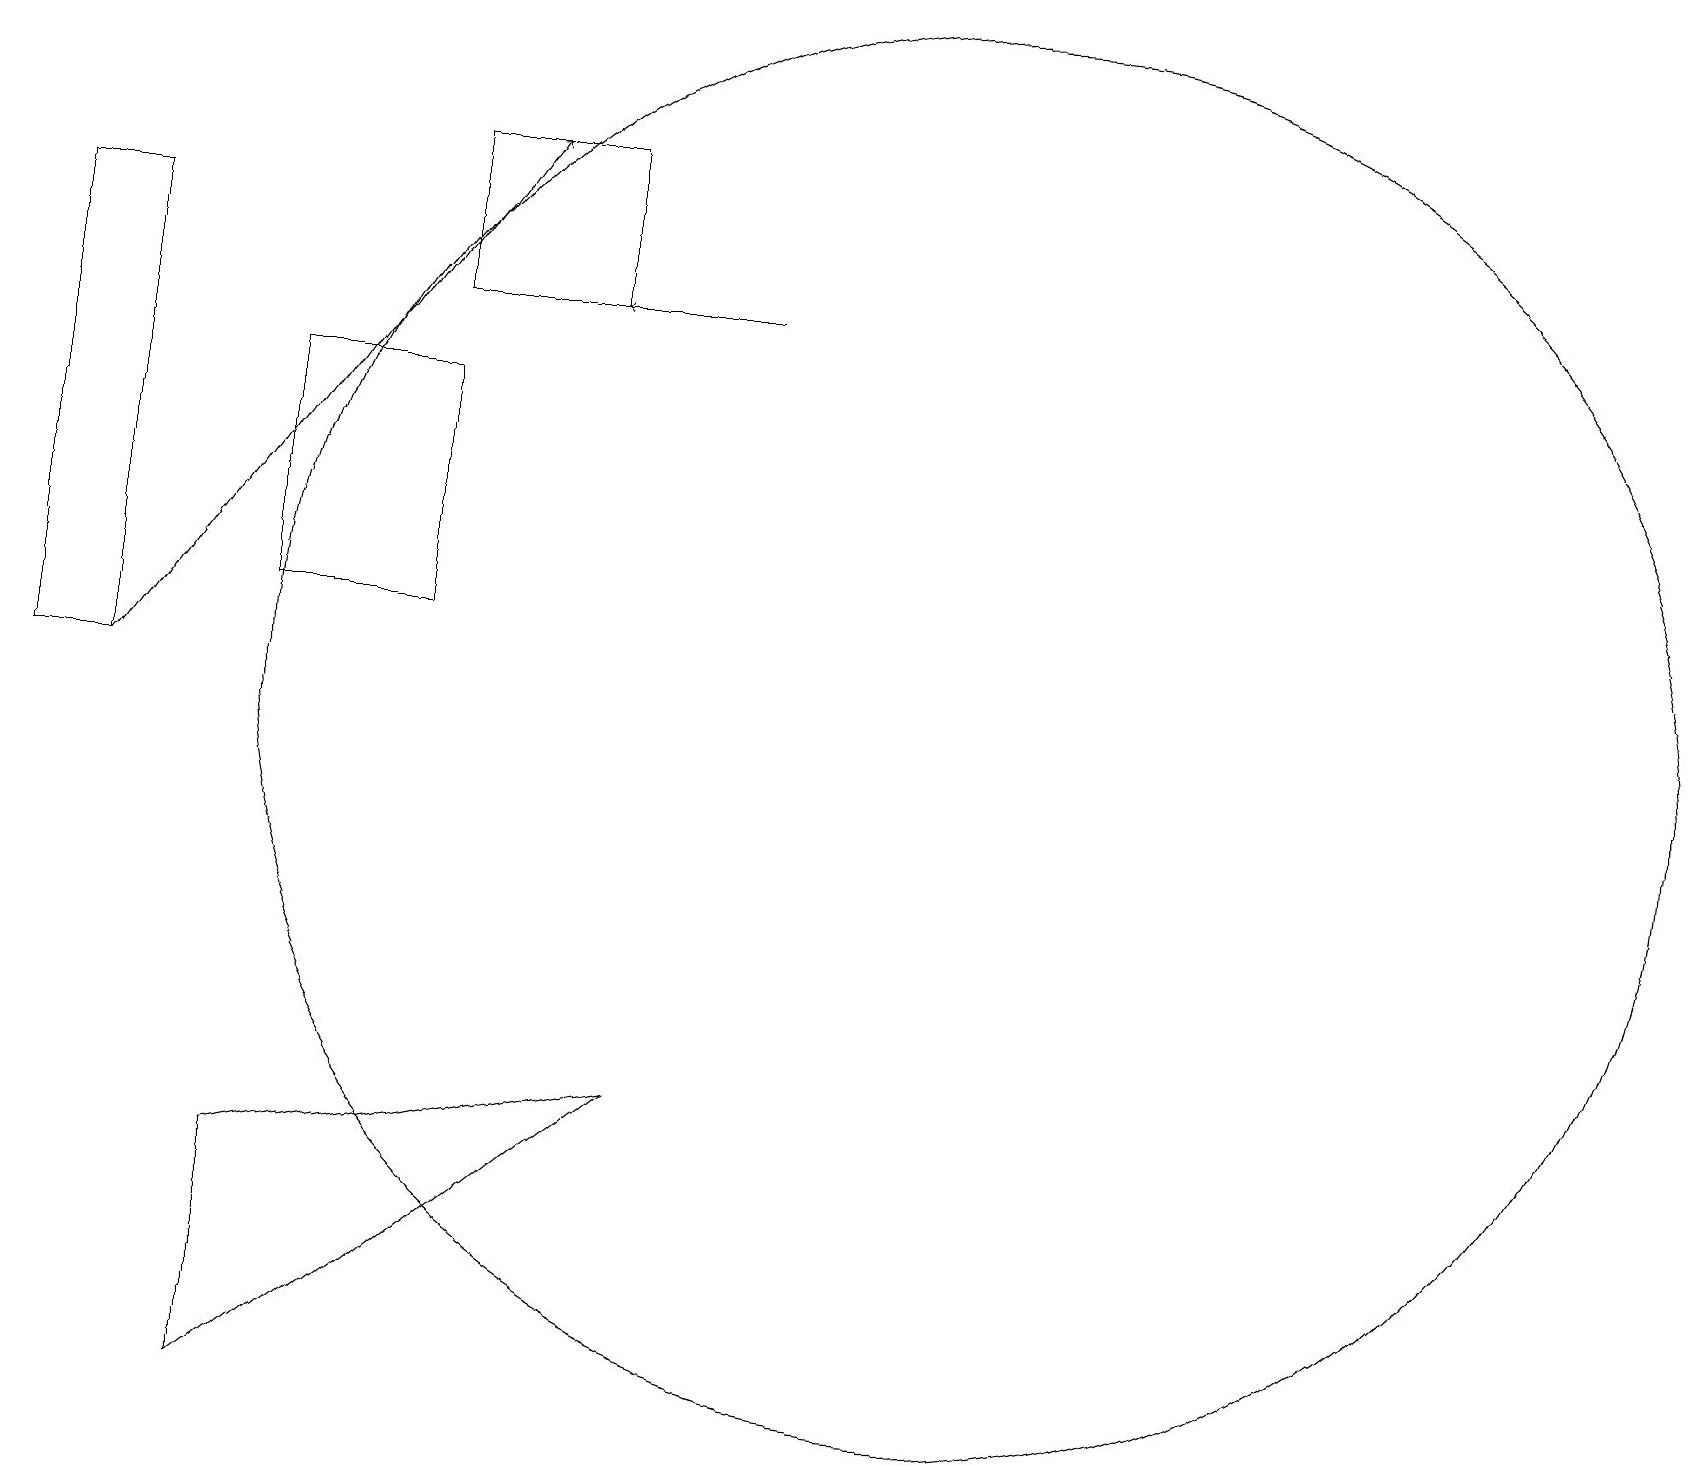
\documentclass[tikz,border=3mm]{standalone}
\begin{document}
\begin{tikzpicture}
\draw[->] (9,15) -- (7,15);
\draw (5,14) rectangle (3,11);
\draw (5,15) rectangle (7,17);
\draw (1,13) rectangle (1,10);
\draw (12,10) circle (9);
\draw[->] (1,10) -- (6,17);
\draw (0,10) rectangle (1,16);
\draw (8,5) -- (3,4) -- (3,1) -- cycle;
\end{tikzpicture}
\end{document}